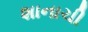
શાનાચી